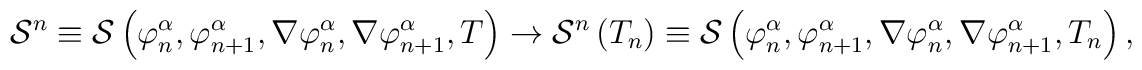
{\cal S}^n\equiv {\cal S}\left( \varphi _n^\alpha ,\varphi _{n+1}^\alpha,\nabla \varphi _n^\alpha ,\nabla \varphi _{n+1}^\alpha ,T\right)\rightarrow {\cal S}^n\left( T_n\right) \equiv {\cal S}\left( \varphi_n^\alpha ,\varphi _{n+1}^\alpha ,\nabla \varphi _n^\alpha ,\nabla \varphi_{n+1}^\alpha ,T_n\right) ,